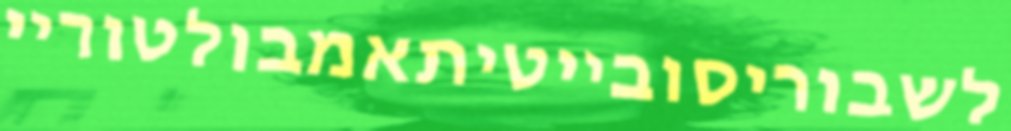
לשבוריסובייטיתאמבולטוריי